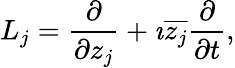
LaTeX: L_{j}={\frac{\partial}{\partial z_{j}}}+\imath{\overline{{z_{j}}}}{\frac{\partial}{\partial t}},